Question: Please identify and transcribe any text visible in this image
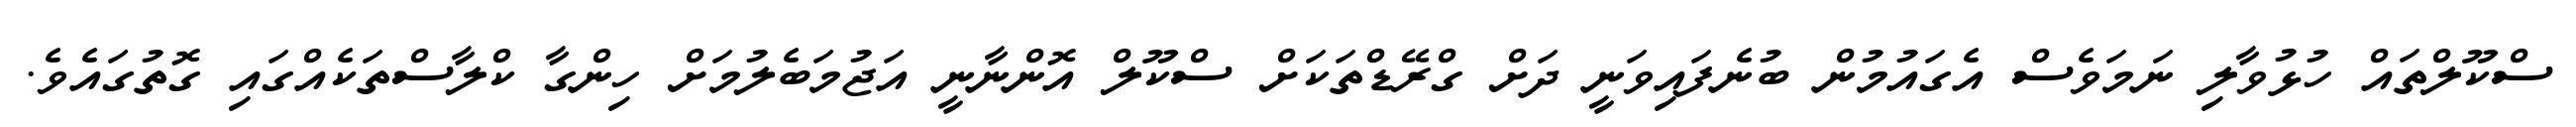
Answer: ސްކޫލްތައް ހުޅުވާލި ނަމަވެސް އެގައުމުން ބުނެފައިވަނީ ދަށް ގްރޭޑްތަކަށް ސްކޫލް އޮންނާނީ އަޖުމަބެލުމަށް ހިންގާ ކްލާސްތަކެއްގައި ގޮތުގައެވެ.